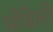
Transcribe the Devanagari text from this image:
मोंडेली